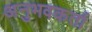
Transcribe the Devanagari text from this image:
अनुभवकर्ता